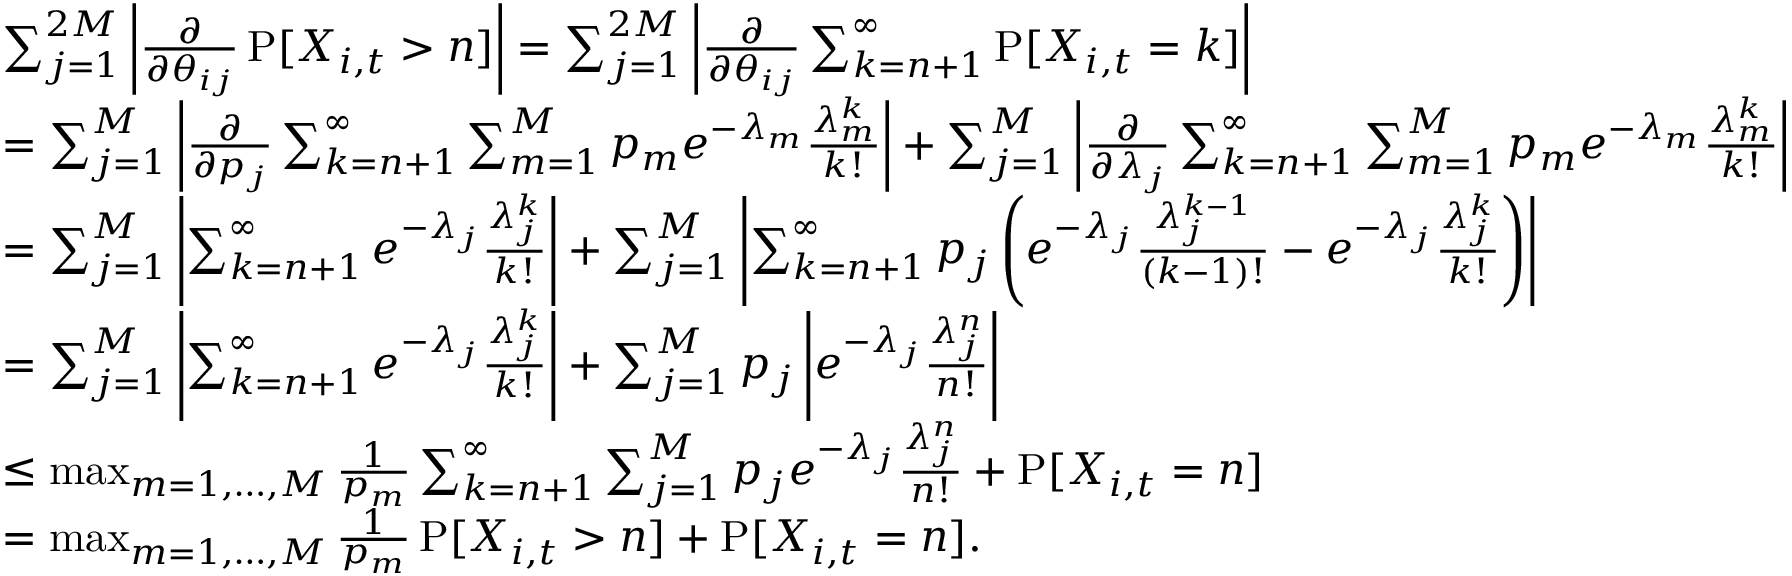
\begin{array} { r l } & { \sum _ { j = 1 } ^ { 2 M } \left| \frac { \partial } { \partial \theta _ { i j } } \operatorname { P } [ X _ { i , t } > n ] \right| = \sum _ { j = 1 } ^ { 2 M } \left| \frac { \partial } { \partial \theta _ { i j } } \sum _ { k = n + 1 } ^ { \infty } \operatorname { P } [ X _ { i , t } = k ] \right| } \\ & { = \sum _ { j = 1 } ^ { M } \left| \frac { \partial } { \partial p _ { j } } \sum _ { k = n + 1 } ^ { \infty } \sum _ { m = 1 } ^ { M } p _ { m } e ^ { - \lambda _ { m } } \frac { \lambda _ { m } ^ { k } } { k ! } \right| + \sum _ { j = 1 } ^ { M } \left| \frac { \partial } { \partial \lambda _ { j } } \sum _ { k = n + 1 } ^ { \infty } \sum _ { m = 1 } ^ { M } p _ { m } e ^ { - \lambda _ { m } } \frac { \lambda _ { m } ^ { k } } { k ! } \right| } \\ & { = \sum _ { j = 1 } ^ { M } \left| \sum _ { k = n + 1 } ^ { \infty } e ^ { - \lambda _ { j } } \frac { \lambda _ { j } ^ { k } } { k ! } \right| + \sum _ { j = 1 } ^ { M } \left| \sum _ { k = n + 1 } ^ { \infty } p _ { j } \left( e ^ { - \lambda _ { j } } \frac { \lambda _ { j } ^ { k - 1 } } { ( k - 1 ) ! } - e ^ { - \lambda _ { j } } \frac { \lambda _ { j } ^ { k } } { k ! } \right) \right| } \\ & { = \sum _ { j = 1 } ^ { M } \left| \sum _ { k = n + 1 } ^ { \infty } e ^ { - \lambda _ { j } } \frac { \lambda _ { j } ^ { k } } { k ! } \right| + \sum _ { j = 1 } ^ { M } p _ { j } \left| e ^ { - \lambda _ { j } } \frac { \lambda _ { j } ^ { n } } { n ! } \right| } \\ & { \leq \operatorname* { m a x } _ { m = 1 , \dots , M } \frac { 1 } { p _ { m } } \sum _ { k = n + 1 } ^ { \infty } \sum _ { j = 1 } ^ { M } p _ { j } e ^ { - \lambda _ { j } } \frac { \lambda _ { j } ^ { n } } { n ! } + \operatorname { P } [ X _ { i , t } = n ] } \\ & { = \operatorname* { m a x } _ { m = 1 , \dots , M } \frac { 1 } { p _ { m } } \operatorname { P } [ X _ { i , t } > n ] + \operatorname { P } [ X _ { i , t } = n ] . } \end{array}